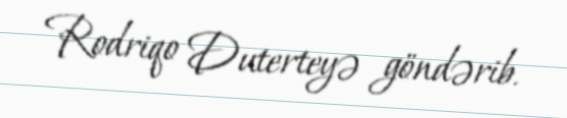
Rodriqo Duterteyə göndərib.